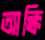
আক্কি